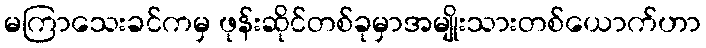
မကြာသေးခင်ကမှ ဖုန်းဆိုင်တစ်ခုမှာအမျိုးသားတစ်ယောက်ဟာ